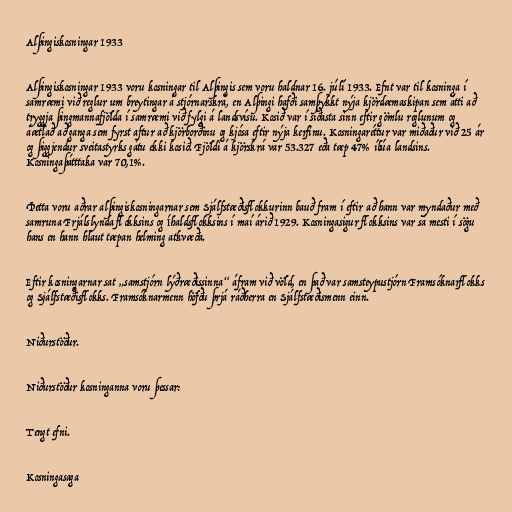
Alþingiskosningar 1933

Alþingiskosningar 1933 voru kosningar til Alþingis sem voru haldnar 16. júlí 1933. Efnt var til kosninga í
samræmi við reglur um breytingar á stjórnarskrá, en Alþingi hafði samþykkt nýja kjördæmaskipan sem átti að
tryggja þingmannafjölda í samræmi við fylgi á landsvísu. Kosið var í síðasta sinn eftir gömlu reglunum og
áætlað að ganga sem fyrst aftur að kjörborðinu og kjósa eftir nýja kerfinu. Kosningaréttur var miðaður við 25 ár
og þiggjendur sveitastyrks gátu ekki kosið. Fjöldi á kjörskrá var 53.327 eða tæp 47% íbúa landsins.
Kosningaþátttaka var 70,1%.

Þetta voru aðrar alþingiskosningarnar sem Sjálfstæðisflokkurinn bauð fram í eftir að hann var myndaður með
samruna Frjálslynda flokksins og Íhaldsflokksins í maí árið 1929. Kosningasigur flokksins var sá mesti í sögu
hans en hann hlaut tæpan helming atkvæða.

Eftir kosningarnar sat „samstjórn lýðræðissinna“ áfram við völd, en það var samsteypustjórn Framsóknarflokks
og Sjálfstæðisflokks. Framsóknarmenn höfðu þrjá ráðherra en Sjálfstæðismenn einn.

Niðurstöður.

Niðurstöður kosninganna voru þessar:

Tengt efni.

Kosningasaga